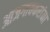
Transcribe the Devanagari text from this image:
आजगावकरांना